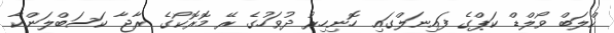
ކްލަބް ވޯލްޑް ކަޕްގެ ފައިނަލްގައި ހޮނިހިރު ދުވަހުގެ ރޭ މޮރޮކޯގެ ރާޖާ ކަސަބްލަންކާ